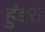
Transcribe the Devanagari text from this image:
हुंडरा